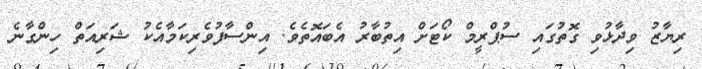
ރިޔާޒު ވިދާޅުވި ގޮތުގައި ސުޕްރީމް ކޯޓަށް އިތުބާރު އެބައޮތެވެ. އިންސާފުވެރިކަމާއެކު ޝަރިއަތް ހިންގާނެ